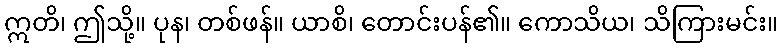
ဣတိ၊ ဤသို့။ ပုန၊ တစ်ဖန်။ ယာစိ၊ တောင်းပန်၏။ ကောသိယ၊ သိကြားမင်း။